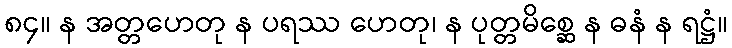
၈၄။ န အတ္တဟေတု န ပရဿ ဟေတု၊ န ပုတ္တမိစ္ဆေ န ဓနံ န ရဋ္ဌံ။